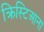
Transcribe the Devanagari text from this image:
क्रिस्टिआना